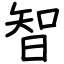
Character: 智